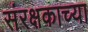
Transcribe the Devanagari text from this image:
संरक्षकाच्या